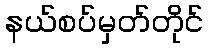
နယ်စပ်မှတ်တိုင်